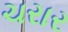
ચરાર